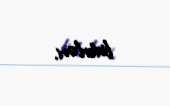
liderləri.